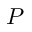
P